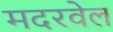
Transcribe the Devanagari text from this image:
मदरवेल